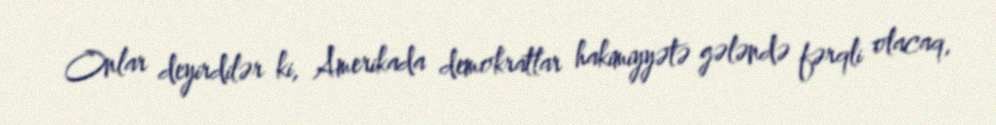
Onlar deyirdilər ki, Amerikada demokratlar hakimiyyətə gələndə fərqli olacaq,